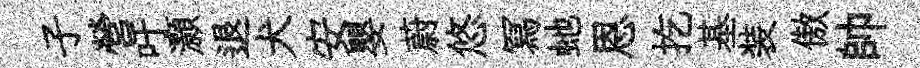
子營吁灝退犬安嬰蔚悠冩虵恩扢基装傲帥